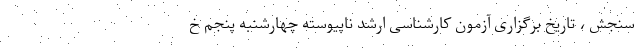
سنجش ، تاریخ برگزاری آزمون کارشناسی ارشد ناپیوسته چهارشنبه پنجم خ